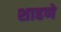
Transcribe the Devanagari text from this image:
शाहणे